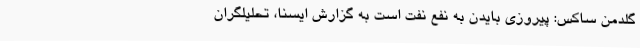
گلدمن ساکس: پیروزی بایدن به نفع نفت است به گزارش ایسنا، تحلیلگران